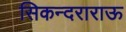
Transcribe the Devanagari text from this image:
सिकन्दराराऊ